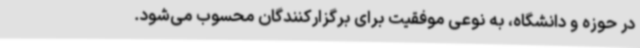
در حوزه و دانشگاه، به نوعی موفقیت برای برگزارکنندگان محسوب می‌شود.